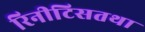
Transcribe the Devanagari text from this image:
रिनीटिसतथा